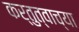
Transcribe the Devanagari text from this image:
कर्तुत्वाच्या